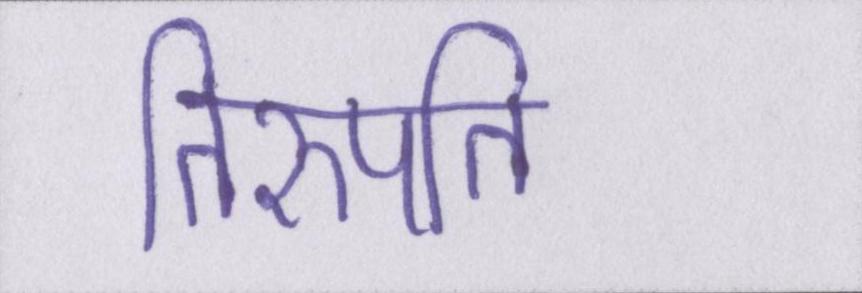
तिरुपति